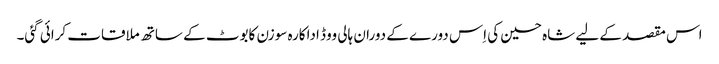
اس مقصد کے لیے شاہ حسین کی اِس دورے کے دوران ہالی ووڈ اداکارہ سوزن کابوٹ کے ساتھ ملاقات کرائی گئی۔